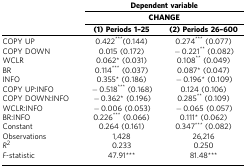
<table><thead><tr><td>[EMPTY_CELL]</td><td colspan="2"><b>Dependent variable</b></td></tr><tr><td>[EMPTY_CELL]</td><td colspan="2"><b>CHANGE</b></td></tr><tr><td>[EMPTY_CELL]</td><td><b>(1) Periods 1–25</b></td><td><b>(2) Periods 26–600</b></td></tr></thead><tbody><tr><td>COPY UP</td><td>0.422<sup>***</sup>(0.144)</td><td>0.274<sup>***</sup> (0.077)</td></tr><tr><td>COPY DOWN</td><td>0.015 (0.172)</td><td>−0.221<sup>**</sup> (0.082)</td></tr><tr><td>WCLR</td><td>0.062* (0.031)</td><td>0.108<sup>**</sup> (0.049)</td></tr><tr><td>BR</td><td>0.114<sup>***</sup> (0.037)</td><td>0.087* (0.047)</td></tr><tr><td>INFO</td><td>0.355* (0.186)</td><td>−0.196* (0.109)</td></tr><tr><td>COPY UP:INFO</td><td>−0.518<sup>***</sup> (0.168)</td><td>0.124 (0.106)</td></tr><tr><td>COPY DOWN:INFO</td><td>−0.362* (0.196)</td><td>0.285<sup>**</sup> (0.109)</td></tr><tr><td>WCLR:INFO</td><td>−0.006 (0.053)</td><td>−0.065 (0.057)</td></tr><tr><td>BR:INFO</td><td>0.226<sup>***</sup> (0.066)</td><td>0.111* (0.062)</td></tr><tr><td>Constant</td><td>0.264 (0.161)</td><td>0.347<sup>***</sup> (0.082)</td></tr><tr><td>Observations</td><td>1,428</td><td>26,216</td></tr><tr><td><i>R</i><sup>2</sup></td><td>0.233</td><td>0.250</td></tr><tr><td><i>F</i>-statistic</td><td>47.91***</td><td>81.48***</td></tr></tbody></table>